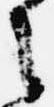
之